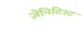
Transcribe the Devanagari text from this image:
ज़ेनिटिस्ट